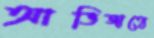
আভিজাত্যে